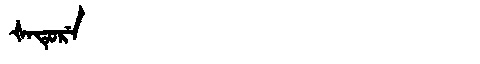
Manchu: ᡧᠠᡨᡠᡵᡝ
Romanization: ŠATURE